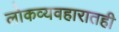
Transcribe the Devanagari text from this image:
लोकव्यवहारातही